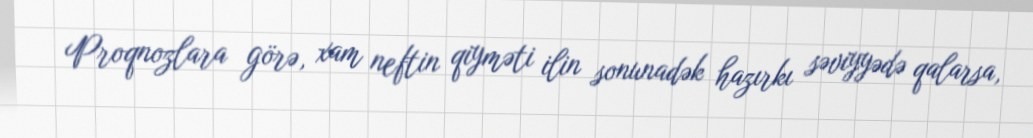
Proqnozlara görə, xam neftin qiyməti ilin sonunadək hazırkı səviyyədə qalarsa,